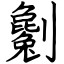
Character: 劖